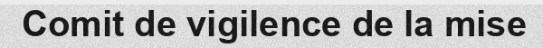
Comit de vigilence de la mise